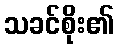
သခင်စိုး၏